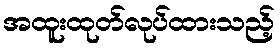
အထူးထုတ်လုပ်ထားသည့်